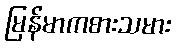
မြန်မာကစားသမား